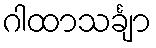
ဂါထာသင်္ချာ